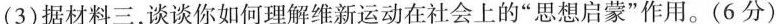
(3)据材料三，谈谈你如何理解维新运动在社会上的”思想启蒙”作用。(6分)